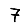
Digit: 7